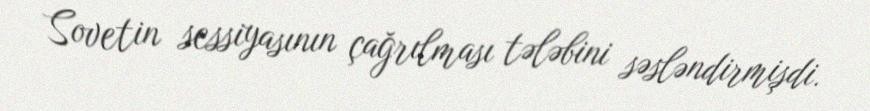
Sovetin sessiyasının çağrılması tələbini səsləndirmişdi.